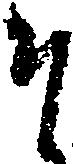
そ